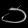
Digit: ၁